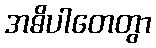
အဓိပါတေတွာ